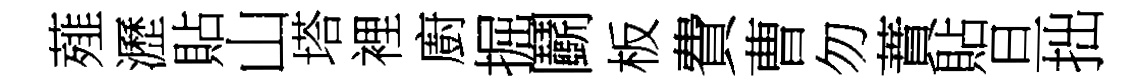
薤瀝貼山塔裡廚掘鬬板費曹勿蕡貼旦拙